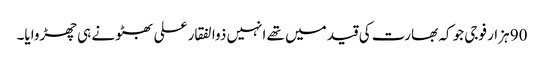
90 ہزار فوجی جو کہ بھارت کی قید میں تھے انہیں ذوالفقار علی بھٹو نے ہی چھڑوایا۔